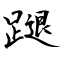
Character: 蹆